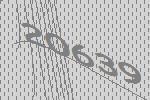
20639